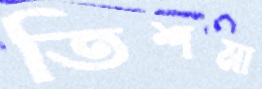
তিশমা